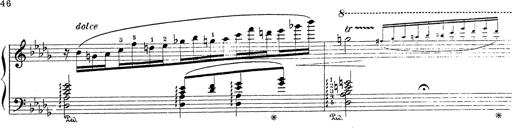
Title: Grosses Konzertsolo
Composer: Franz Liszt